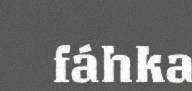
fáhka